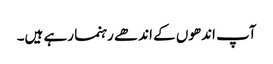
آپ اندھوں کے اندھے رہنما رہے ہیں۔